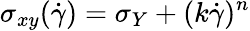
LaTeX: \sigma_{xy}(\dot{\gamma})=\sigma_{Y}+(k\dot{\gamma})^{n}